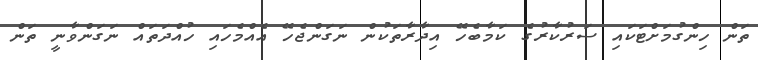
ތަން ހިންގުމަށްޓަކައި ސަރުކާރުގެ ކަމާބެހޭ އިދާރާތަކުން ނަގަންޖެހޭ އެއްމެހައި ހުއްދަތައް ނަގަންވާނީ ތަން